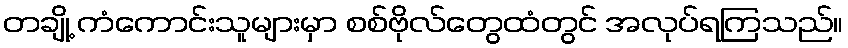
တချို့ ကံကောင်းသူများမှာ စစ်ဗိုလ်တွေထံတွင် အလုပ်ရကြသည်။